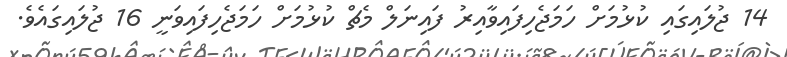
14 ޖުލައިގައި ކުޅުމަށް ހަމަޖެހިފައިވާއިރު ފައިނަލް މެޗް ކުޅުމަށް ހަމަޖެހިފައިވަނީ 16 ޖުލައިގައެވެ.